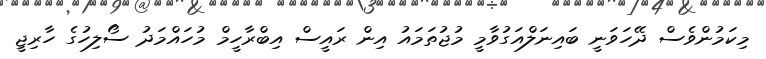
މިކަމުންވެސް ދޭހަވަނީ ބައިނަލްއަގުވާމީ މުޖުތަމައު އިން ރައީސް އިބްރާހީމް މުހައްމަދު ސޯލިހުގެ ހާރިޖީ